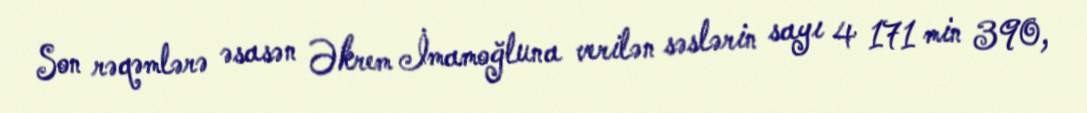
Son rəqəmlərə əsasən Əkrem İmamoğluna verilən səslərin sayı 4 171 min 390,